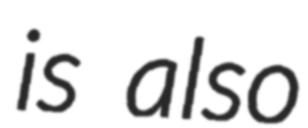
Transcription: is also